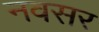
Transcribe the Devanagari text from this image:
नवसर